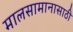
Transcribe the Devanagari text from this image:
मालसामानासाठी